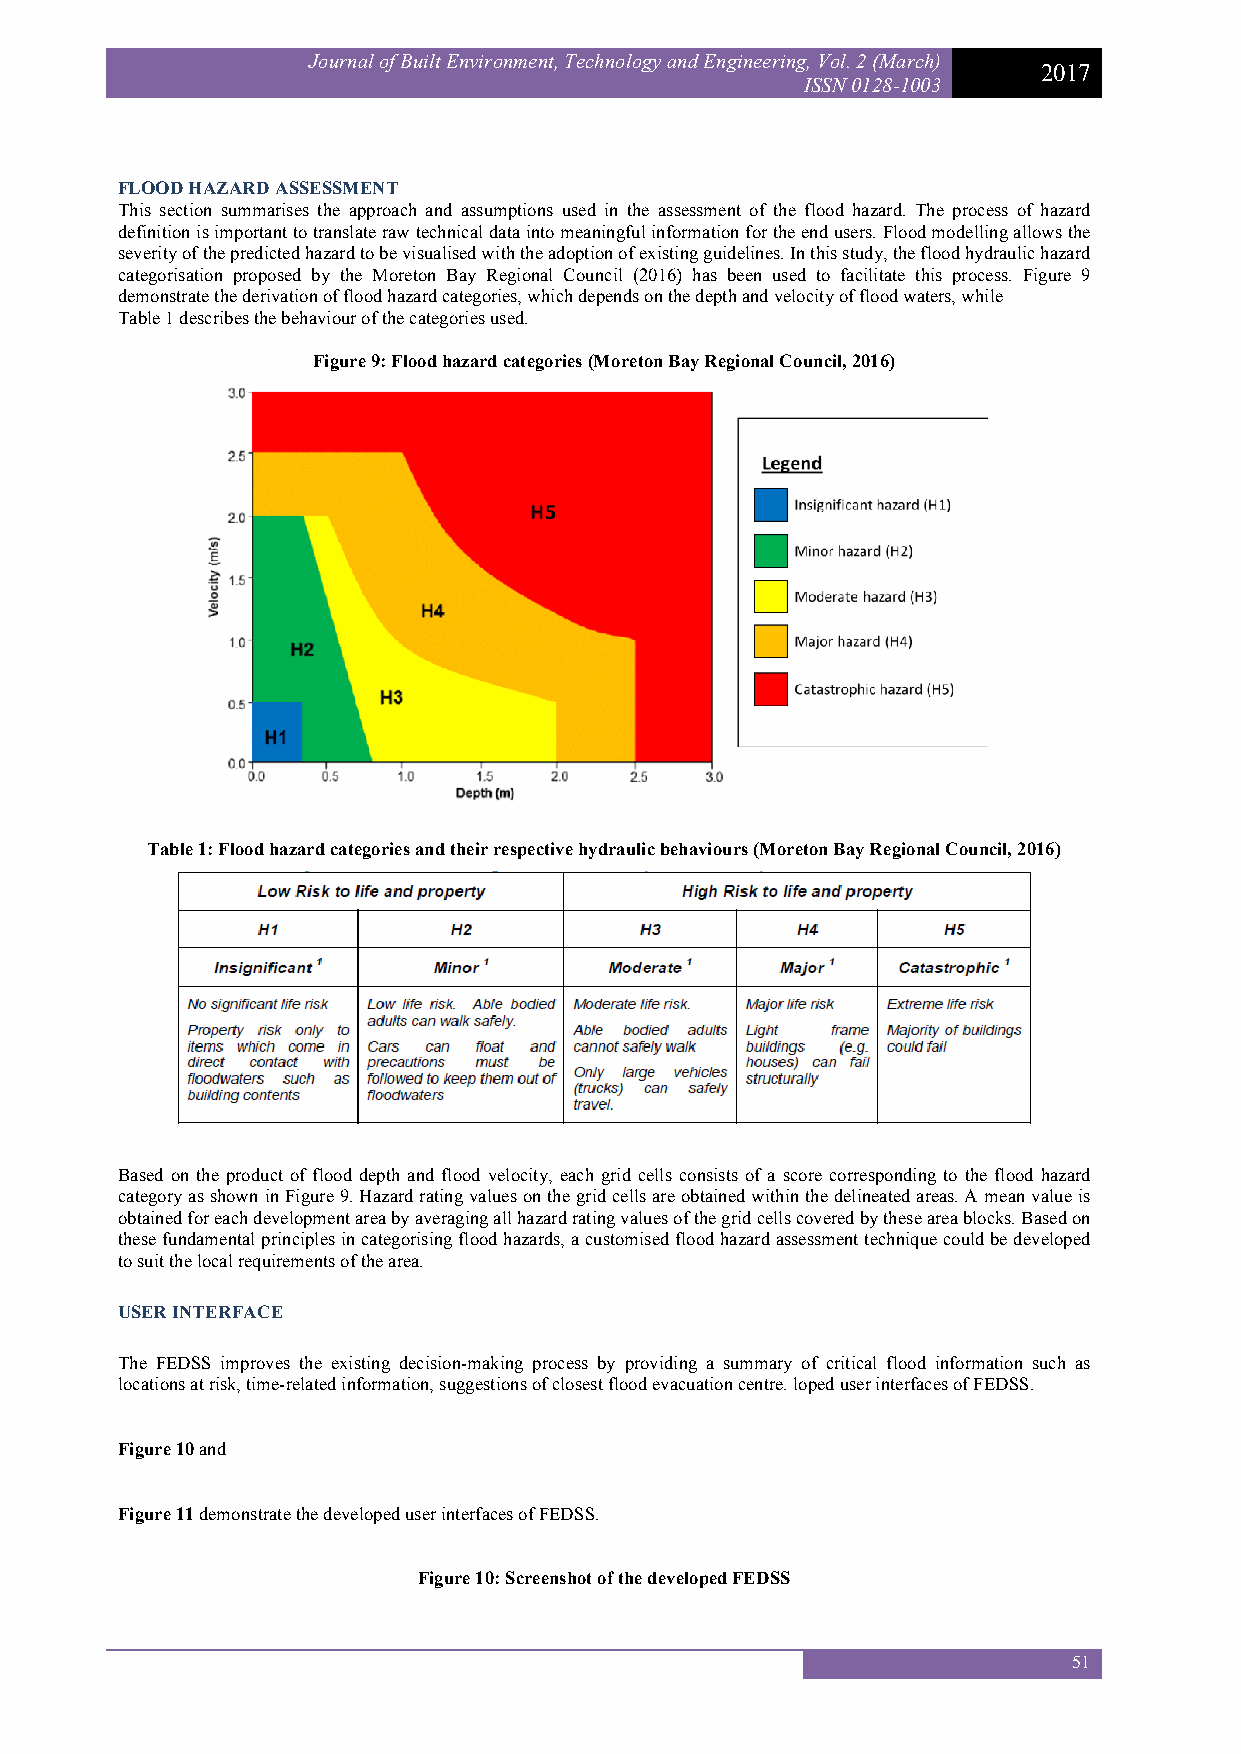
Journal of Built Environment, Technology and Engineering, Vol. 2 (March)
 2017
 ISSN 0128-1003
 FLOOD HAZARD ASSESSMENT
 This section summarises the approach and assumptions used in the assessment of the flood hazard. The process of hazard
 definition is important to translate raw technical data into meaningful information for the end users. Flood modelling allows the
 severity of the predicted hazard to be visualised with the adoption of existing guidelines. In this study, the flood hydraulic hazard
 categorisation proposed by the Moreton Bay Regional Council (2016) has been used to facilitate this process. Figure 9
 demonstrate the derivation of flood hazard categories, which depends on the depth and velocity of flood waters, while
 Table 1 describes the behaviour of the categories used.
 Figure 9: Flood hazard categories (Moreton Bay Regional Council, 2016)
 Table 1: Flood hazard categories and their respective hydraulic behaviours (Moreton Bay Regional Council, 2016)
 Based on the product of flood depth and flood velocity, each grid cells consists of a score corresponding to the flood hazard
 category as shown in Figure 9. Hazard rating values on the grid cells are obtained within the delineated areas. A mean value is
 obtained for each development area by averaging all hazard rating values of the grid cells covered by these area blocks. Based on
 these fundamental principles in categorising flood hazards, a customised flood hazard assessment technique could be developed
 to suit the local requirements of the area.
 USER INTERFACE
 The FEDSS improves the existing decision-making process by providing a summary of critical flood information such as
 locations at risk, time-related information, suggestions of closest flood evacuation centre. loped user interfaces of FEDSS.
 Figure 10 and
 Figure 11 demonstrate the developed user interfaces of FEDSS.
 Figure 10: Screenshot of the developed FEDSS
 51